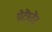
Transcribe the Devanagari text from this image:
प्रोटेंस्टेंट